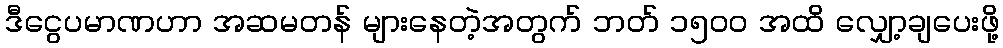
ဒီငွေပမာဏဟာ အဆမတန် များနေတဲ့အတွက် ဘတ် ၁၅၀၀ အထိ လျှော့ချပေးဖို့